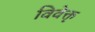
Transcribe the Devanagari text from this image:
विवेक्तृ